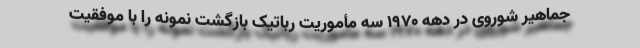
جماهیر شوروی در دهه ۱۹۷۰ سه مأموریت رباتیک بازگشت نمونه را با موفقیت